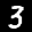
Label: 3